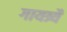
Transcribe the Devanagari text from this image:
गायत्र्यै